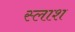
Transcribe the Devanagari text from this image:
स्लाश